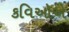
કવિઓએ